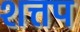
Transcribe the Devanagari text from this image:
शत्तप